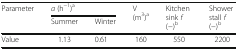
<table><thead><tr><td rowspan="2"><b>Parameter</b></td><td colspan="2"><b><i>a</i> (h<sup>−1</sup>)<sup>a</sup></b></td><td rowspan="2"><b>V (m<sup>3</sup>)<sup>a</sup></b></td><td rowspan="2"><b>Kitchen sink <i>f</i> (−)<sup>b</sup></b></td><td rowspan="2"><b>Shower stall <i>f</i> (−)<sup>b</sup></b></td></tr><tr><td><b>Summer</b></td><td><b>Winter</b></td></tr></thead><tbody><tr><td>Value</td><td>1.13</td><td>0.61</td><td>160</td><td>550</td><td>2200</td></tr></tbody></table>